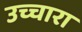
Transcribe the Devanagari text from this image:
उच्चारा